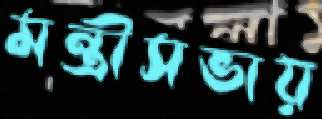
মন্ত্রীসভায়